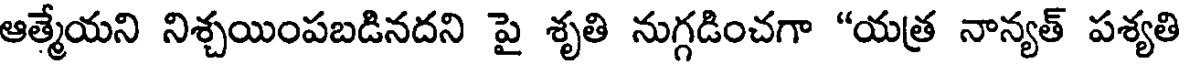
ఆత్మేయని నిశ్చయింపబడినదని పై శృతి నుగ్గడించగా "యత్ర నాన్యత్ పశ్యతి